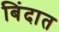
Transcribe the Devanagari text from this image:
बिंदात